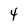
Character: 4